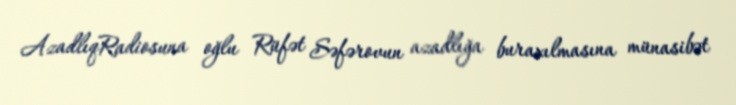
AzadlıqRadiosuna oğlu Rüfət Səfərovun azadlığa buraxılmasına münasibət